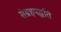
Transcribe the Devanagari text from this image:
संग्रहपद्धति